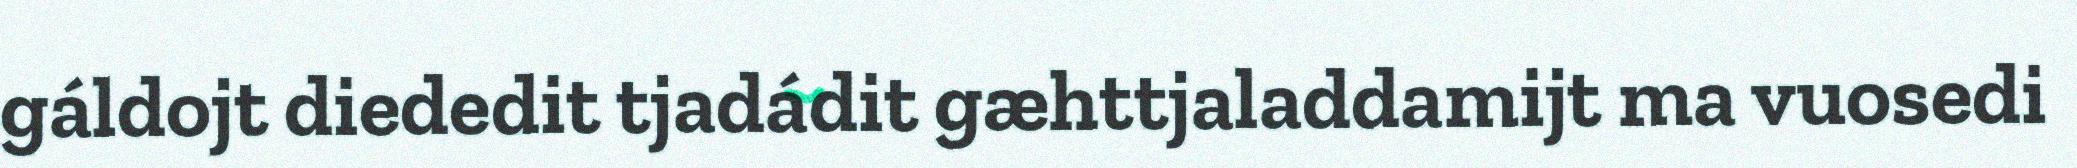
gáldojt diededit tjadádit gæhttjaladdamijt ma vuosedi